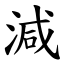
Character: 減